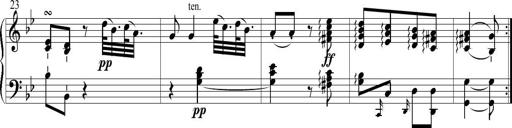
Title: 6 Leichte Sonatinen, Teil 1
Composer: F. Sigismund Sander